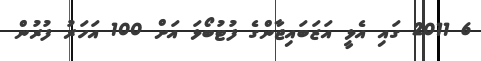
6 2011 ގައި އެޅީ އަޒަބައިޖާންގެ ފުޓުބޯޅަ އަށް 100 އަހަރު ފުރުން